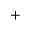
^ +